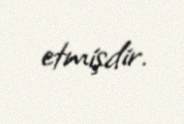
etmişdir.